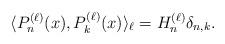
LaTeX: \begin{align*}\langle P_n^{(\ell)}(x),P_k^{(\ell)}(x)\rangle_\ell=H_{n}^{(\ell)}\delta_{n,k}.\end{align*}